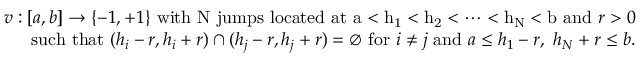
\begin{array} { r } { v : [ a , b ] \rightarrow \{ - 1 , + 1 \} \ \mathrm { w i t h ~ N ~ j u m p s ~ l o c a t e d ~ a t ~ a < h _ 1 < h _ 2 < \cdots < h _ N < b ~ a n d } \ r > 0 } \\ { \mathrm { s u c h ~ t h a t } \ ( h _ { i } - r , h _ { i } + r ) \cap ( h _ { j } - r , h _ { j } + r ) = \emptyset \ \mathrm { f o r } \ i \neq j \ \mathrm { a n d } \ a \leq h _ { 1 } - r , \ h _ { N } + r \leq b . } \end{array}